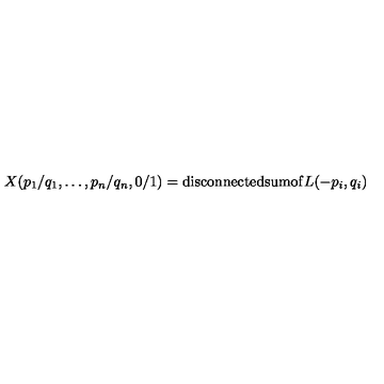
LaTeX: X ( p _ { 1 } / q _ { 1 } , \ldots , p _ { n } / q _ { n } , 0 / 1 ) = \mathrm { d i s c o n n e c t e d s u m o f } L ( - p _ { i } , q _ { i } )